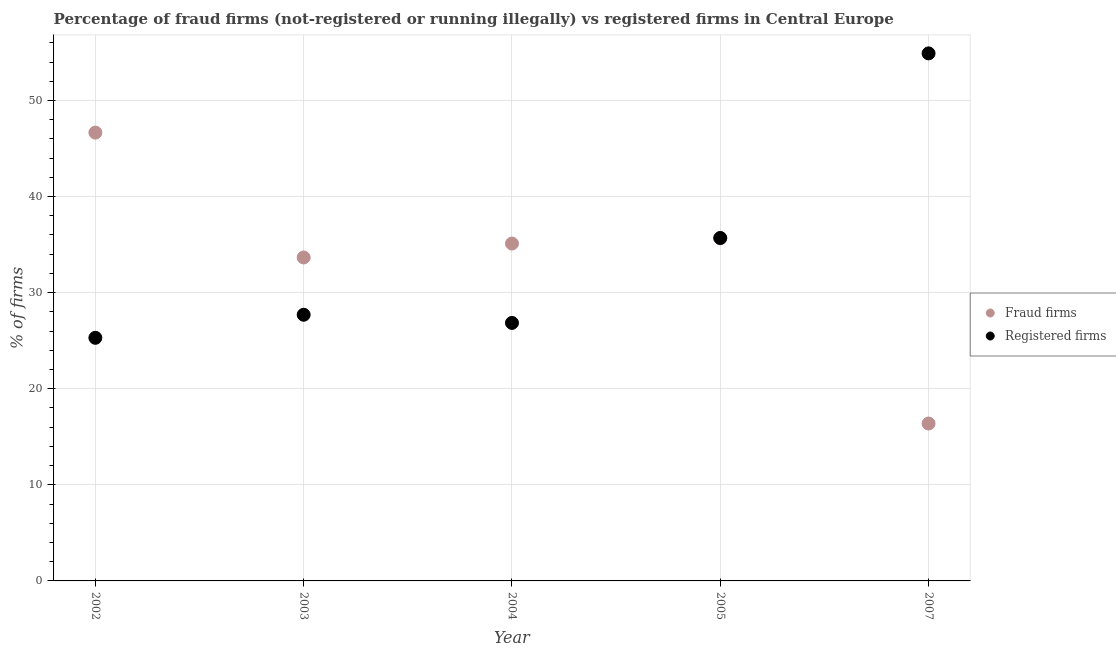
| Year | Fraud firms | Registered firms |
 | --- | --- | --- |
 | 2002 | 46.7 | 25.3 |
 | 2003 | 33.7 | 27.7 |
 | 2004 | 35.1 | 26.9 |
 | 2005 | 35.7 | 35.7 |
 | 2007 | 16.4 | 54.9 |